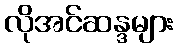
လိုအင်ဆန္ဒများ